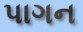
પાગન